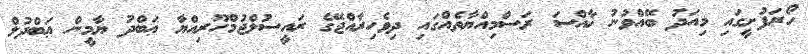
ހޯރަފުށީގައި މިއަދު ބޭއްވުނު ޚާއްސަ ރަސްމިއްޔާތެއްގައި ދިވެހިރާއްޖޭގެ ރައީސުލްޖުމްހޫރިއްޔާ ޢަބްދު ޔާމީން ޢަބްދުލް